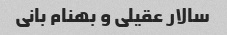
سالار عقیلی و بهنام بانی